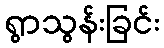
ရွာသွန်းခြင်း